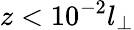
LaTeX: z<10^{-2}l_{\perp}